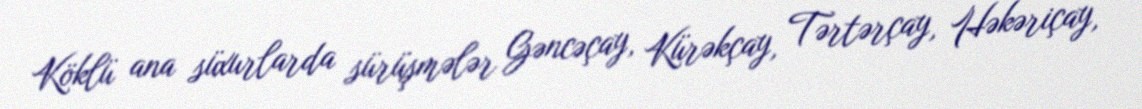
Köklü ana süxurlarda sürüşmələr Gəncəçay, Kürəkçay, Tərtərçay, Həkəriçay,